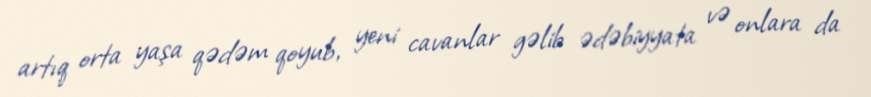
artıq orta yaşa qədəm qoyub, yeni cavanlar gəlib ədəbiyyata və onlara da